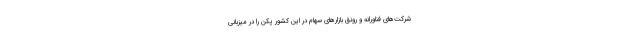
شرکت‌های فناورانه و رونق بازارهای سهام در این کشور پکن را در میزبانی